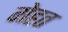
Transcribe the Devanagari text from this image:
गेहत